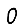
Digit: 0